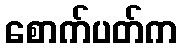
စောက်ပတ်က